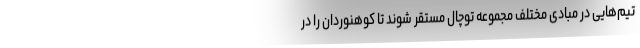
تیم‌هایی در مبادی مختلف مجموعه توچال مستقر شوند تا کوهنوردان را در